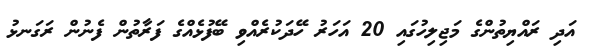
އަދި ރައްޔިތުންގެ މަޖިލިހުގައި 20 އަހަރު ހޭދަކުރެއްވި ބޭފުޅެއްގެ ފަރާތުން ފެނުން ރަގަނޅު